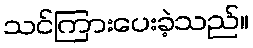
သင်ကြားပေးခဲ့သည်။